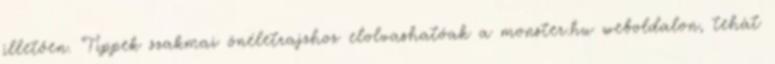
illetően. Tippek szakmai önéletrajzhoz elolvashatóak a monster.hu weboldalon, tehát